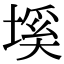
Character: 𡏛